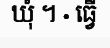
ឃុំ ។ · ធ្វើ